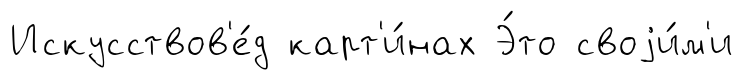
Искусствов'е́д карт'и́нах Э́то своjи́м'и